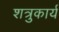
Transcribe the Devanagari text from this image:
शत्रुकार्य